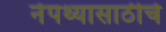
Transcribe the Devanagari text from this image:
नेपथ्यासाठीचे